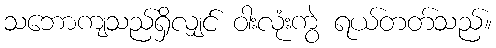
သဘောကျသည်ရှိလျှင် ဝါးလုံးကွဲ ရယ်တတ်သည်။